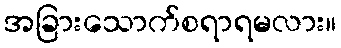
အခြားသောက်စရာရမလား။